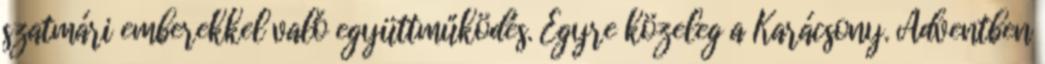
szatmári emberekkel való együttműködés. Egyre közeleg a Karácsony. Adventben